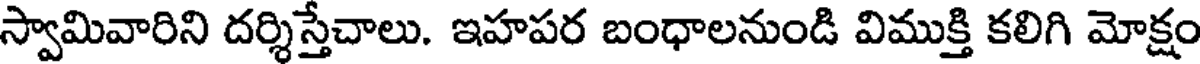
స్వామివారిని దర్శిస్తేచాలు. ఇహపర బంధాలనుండి విముక్తి కలిగి మోక్షం